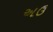
અઉ